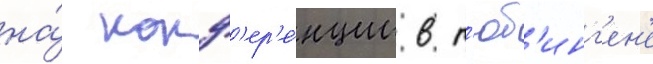
на́ конф'ер'е́нции в т'юб'инг'ен'е